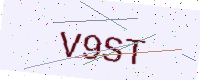
Text: V9ST